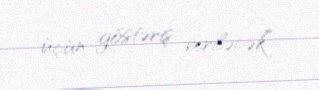
üçün göstəriş veriləcək”.